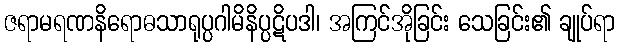
ဇရာမရဏနိရောဓသာရုပ္ပဂါမိနိပ္ပဋိပဒါ၊ အကြင်အိုခြင်း သေခြင်း၏ ချုပ်ရာ